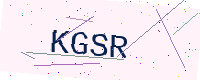
Text: KGSR